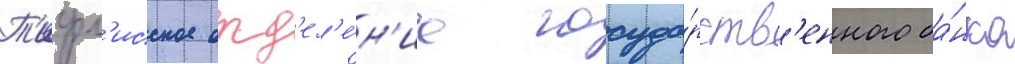
Т'ифл'исское отд'ел'е́н'ие госуда́рств'енного ба́нка